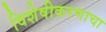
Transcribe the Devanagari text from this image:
विशेषीकरणाचा